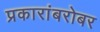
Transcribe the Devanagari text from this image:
प्रकारांबरोबर